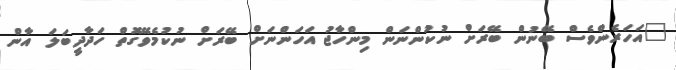
"އަހަރެންވެސް ބޭނުން ބޭރަށް ނުކުންނަން މިންހާޖު އަހަންނަށް ބޭރަށް ނުކުމެވޭގޮތް ހަދާދީބަލަ އާން